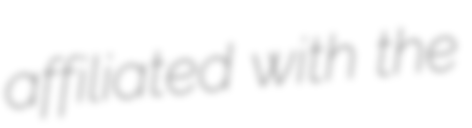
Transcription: affiliated with the